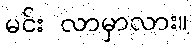
မင်း လာမှာလား။